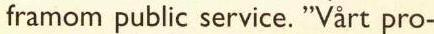
framom public service. "Vårt pro-